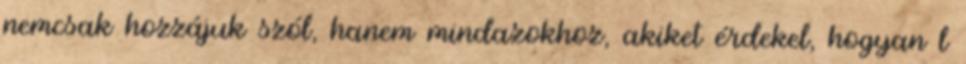
nemcsak hozzájuk szól, hanem mindazokhoz, akiket érdekel, hogyan l